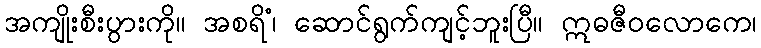
အကျိုးစီးပွားကို။ အစရိံ၊ ဆောင်ရွက်ကျင့်ဘူးပြီ။ ဣဓဇီဝလောကေ၊